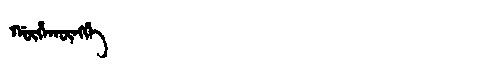
Manchu: ᡤᡡᡥᠠᡴᡡᠩᡤᡝ
Romanization: GŪHAKŪNGGE